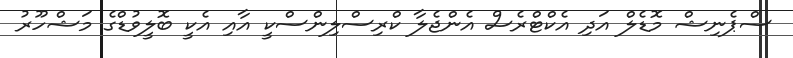
ސްޕެނިޝް މޮޑެލް އަދި އެކްޓްރެސް އެންޖެލާ ކްރިސްލިންސްކީ އާއި އެކީ ބޮލީވުޑްގެ މަޝްހޫރު